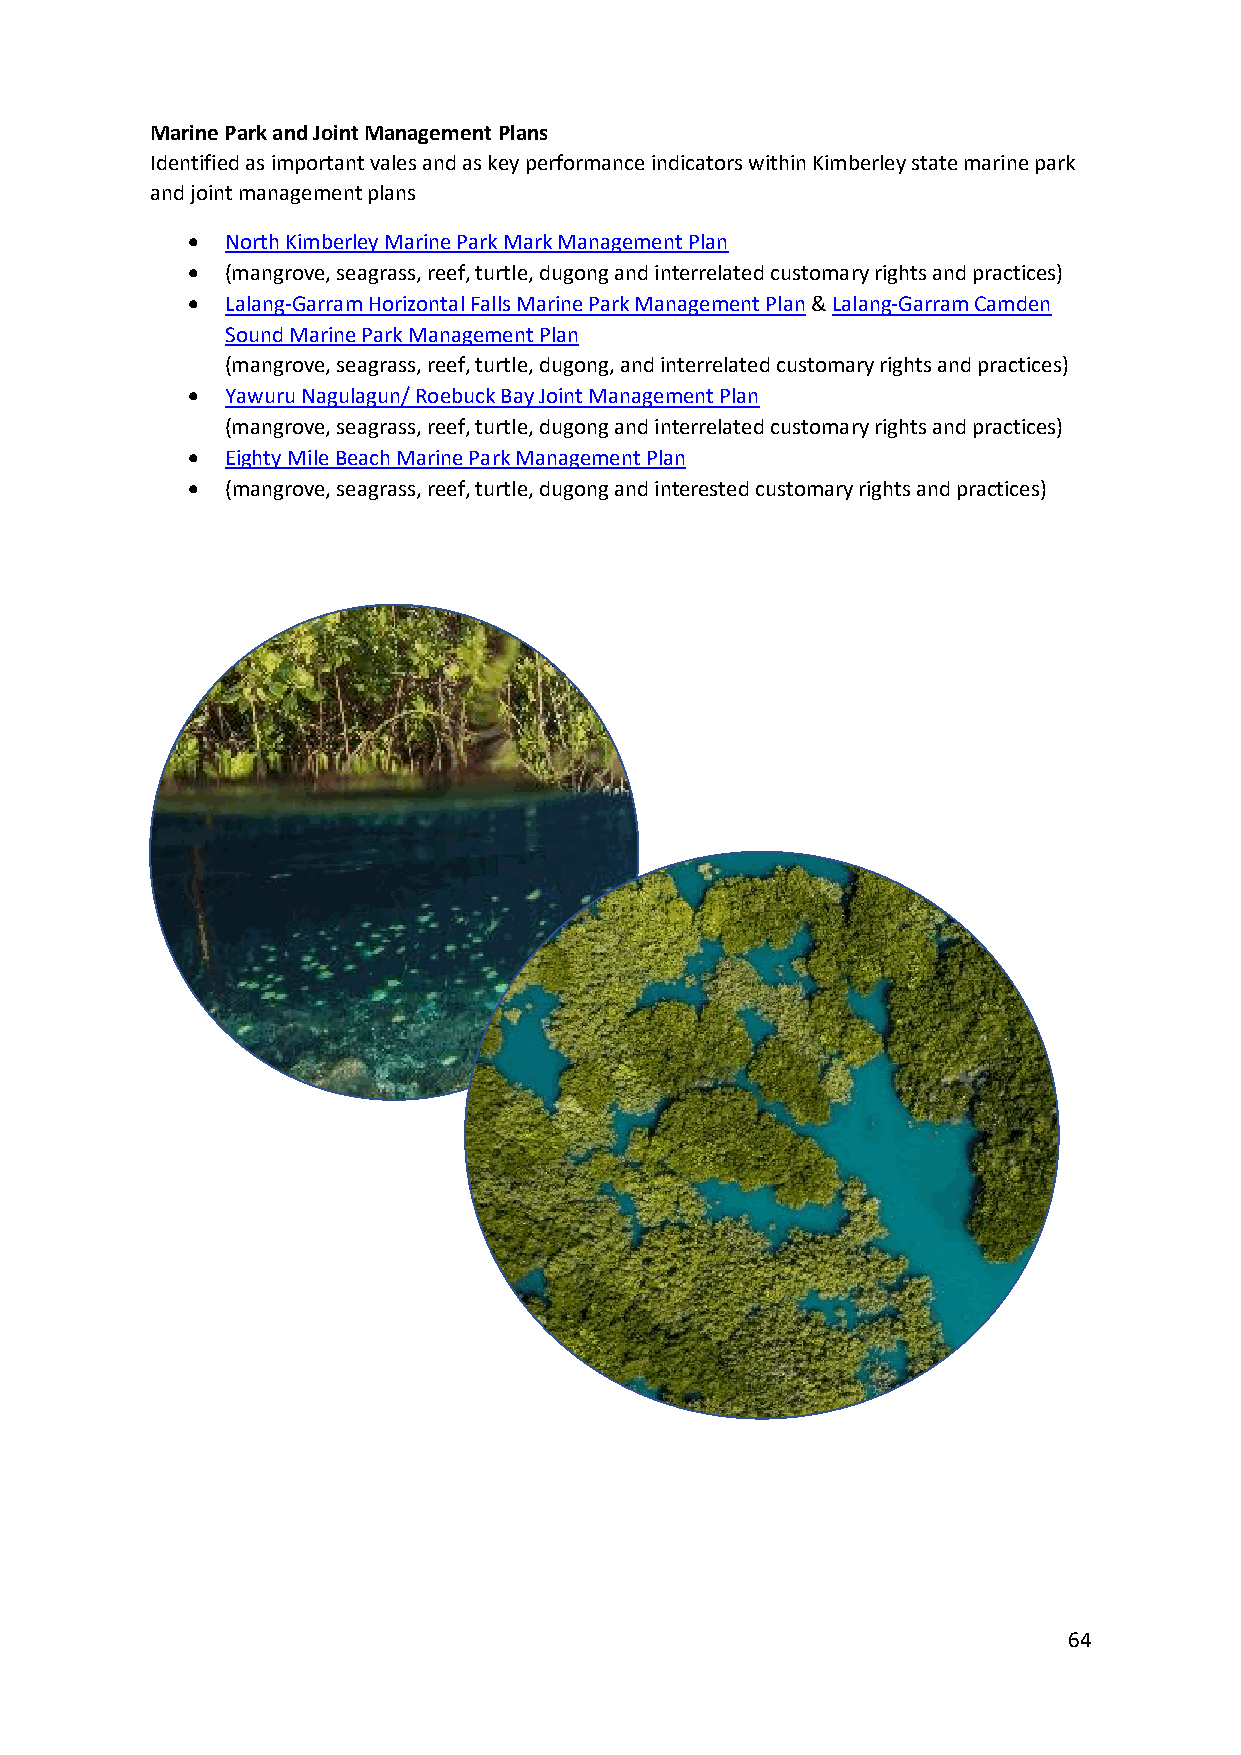
Marine Park and Joint Management Plans
 Identified as important vales and as key performance indicators within Kimberley state marine park
 and joint management plans
 •  North Kimberley Marine Park Mark Management Plan
 •  (mangrove, seagrass, reef, turtle, dugong and interrelated customary rights and practices)
 •  Lalang-Garram Horizontal Falls Marine Park Management Plan & Lalang-Garram Camden
 Sound Marine Park Management Plan
 (mangrove, seagrass, reef, turtle, dugong, and interrelated customary rights and practices)
 •  Yawuru Nagulagun/ Roebuck Bay Joint Management Plan
 (mangrove, seagrass, reef, turtle, dugong and interrelated customary rights and practices)
 •  Eighty Mile Beach Marine Park Management Plan
 •  (mangrove, seagrass, reef, turtle, dugong and interested customary rights and practices)
 64